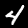
Label: 4